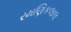
રમણિકલાલ